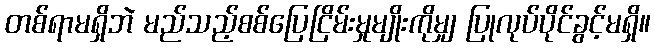
တစ်ရာမရှိဘဲ မည်သည့်စစ်ပြေငြိမ်းမှုမျိုးကိုမျှ ပြုလုပ်ပိုင်ခွင့်မရှိ။